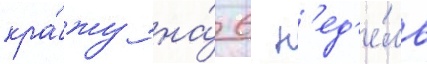
кра́жу на́ 6 н'ед'е́ль